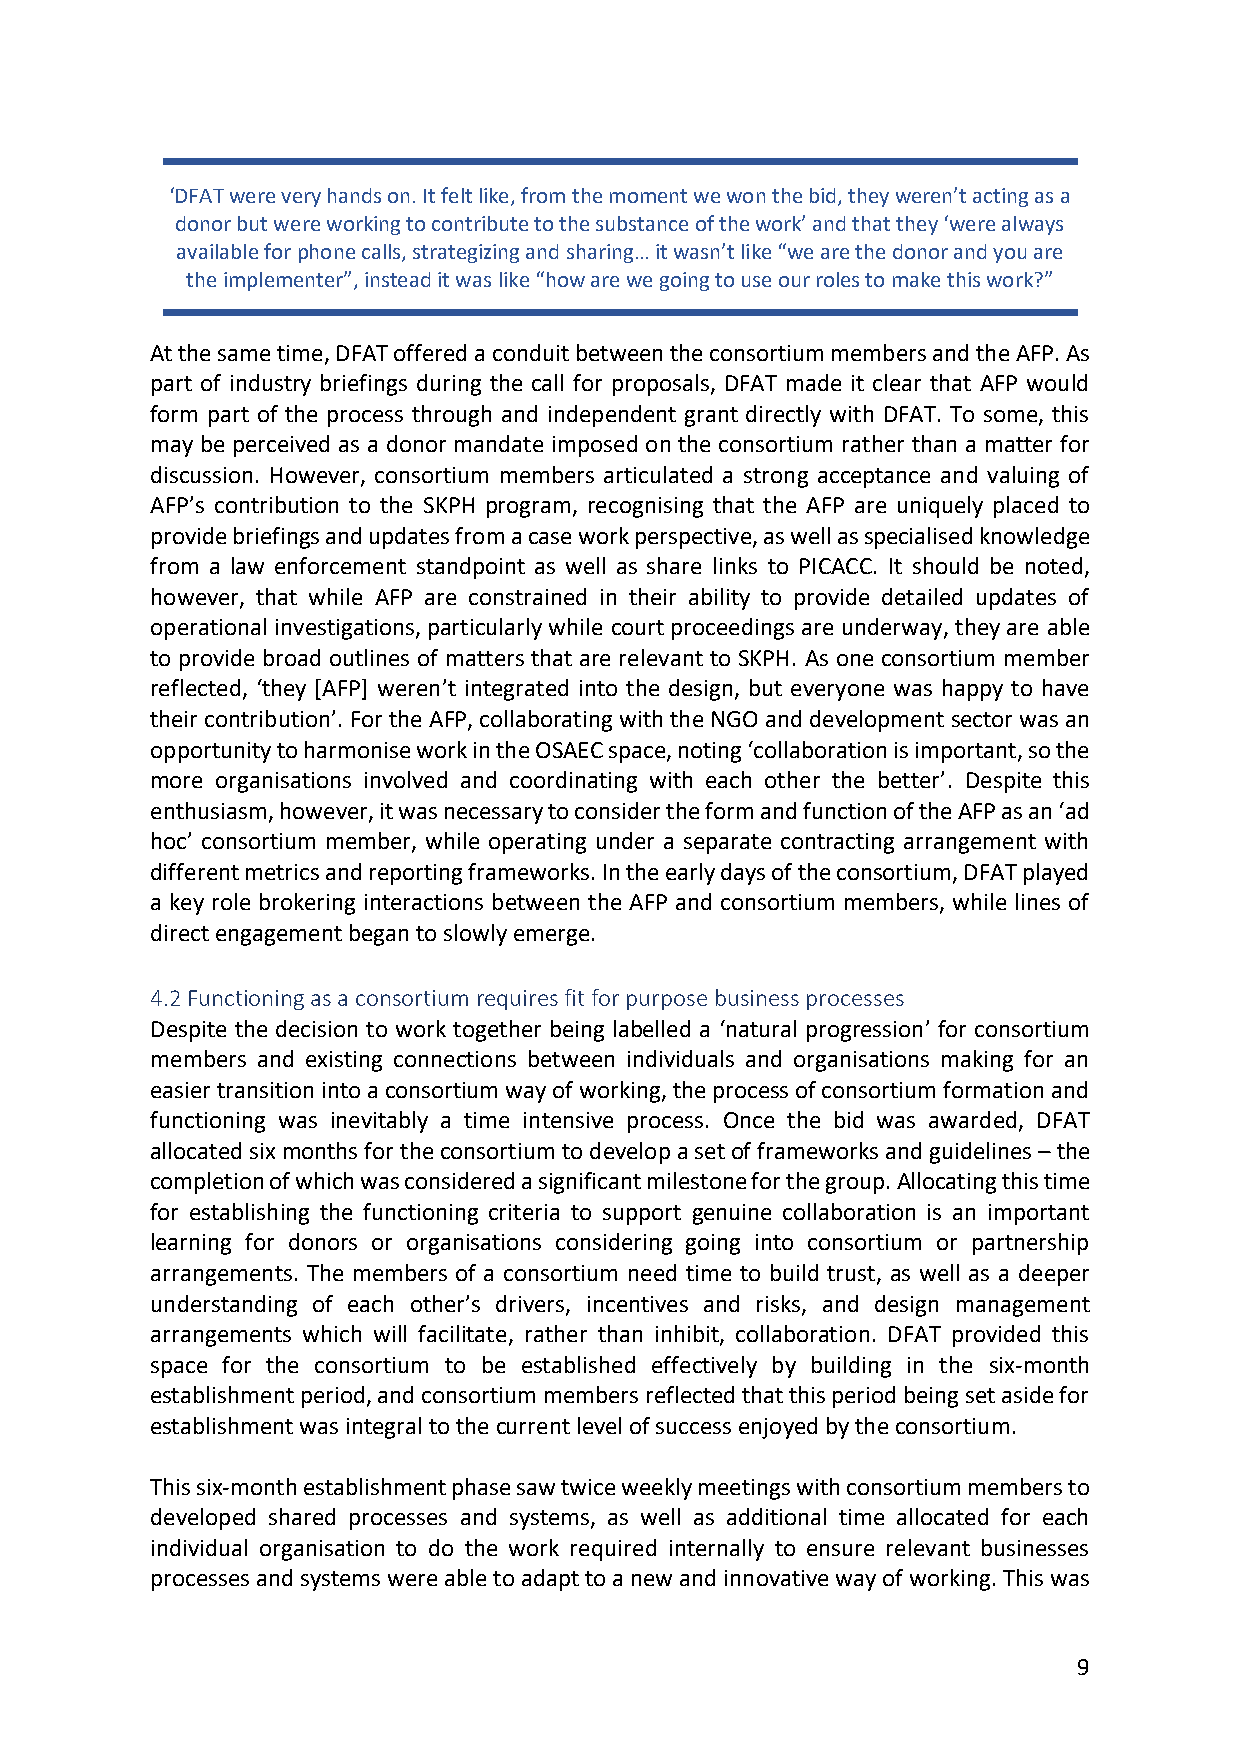
‘DFAT were very hands on. It felt like, from the moment we won the bid, they weren’t acting as a
 donor but were working to contribute to the substance of the work’ and that they ‘were always
 available for phone calls, strategizing and sharing… it wasn’t like “we are the donor and you are
 the implementer”, instead it was like “how are we going to use our roles to make this work?”
 At the same time, DFAT offered a conduit between the consortium members and the AFP. As
 part of industry briefings during the call for proposals, DFAT made it clear that AFP would
 form part of the process through and independent grant directly with DFAT. To some, this
 may be perceived as a donor mandate imposed on the consortium rather than a matter for
 discussion. However, consortium members articulated a strong acceptance and valuing of
 AFP’s contribution to the SKPH program, recognising that the AFP are uniquely placed to
 provide briefings and updates from a case work perspective, as well as specialised knowledge
 from a law enforcement standpoint as well as share links to PICACC. It should be noted,
 however, that while AFP are constrained in their ability to provide detailed updates of
 operational investigations, particularly while court proceedings are underway, they are able
 to provide broad outlines of matters that are relevant to SKPH. As one consortium member
 reflected, ‘they [AFP] weren’t integrated into the design, but everyone was happy to have
 their contribution’. For the AFP, collaborating with the NGO and development sector was an
 opportunity to harmonise work in the OSAEC space, noting ‘collaboration is important, so the
 more organisations involved and coordinating with each other the better’. Despite this
 enthusiasm, however, it was necessary to consider the form and function of the AFP as an ‘ad
 hoc’ consortium member, while operating under a separate contracting arrangement with
 different metrics and reporting frameworks. In the early days of the consortium, DFAT played
 a key role brokering interactions between the AFP and consortium members, while lines of
 direct engagement began to slowly emerge.
 4.2 Functioning as a consortium requires fit for purpose business processes
 Despite the decision to work together being labelled a ‘natural progression’ for consortium
 members and existing connections between individuals and organisations making for an
 easier transition into a consortium way of working, the process of consortium formation and
 functioning was inevitably a time intensive process. Once the bid was awarded, DFAT
 allocated six months for the consortium to develop a set of frameworks and guidelines – the
 completion of which was considered a significant milestone for the group. Allocating this time
 for establishing the functioning criteria to support genuine collaboration is an important
 learning for donors or organisations considering going into consortium or partnership
 arrangements. The members of a consortium need time to build trust, as well as a deeper
 understanding of each other’s drivers, incentives and risks, and design management
 arrangements which will facilitate, rather than inhibit, collaboration. DFAT provided this
 space for the consortium to be established effectively by building in the six-month
 establishment period, and consortium members reflected that this period being set aside for
 establishment was integral to the current level of success enjoyed by the consortium.
 This six-month establishment phase saw twice weekly meetings with consortium members to
 developed shared processes and systems, as well as additional time allocated for each
 individual organisation to do the work required internally to ensure relevant businesses
 processes and systems were able to adapt to a new and innovative way of working. This was
 9